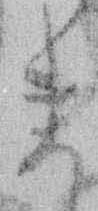
ま